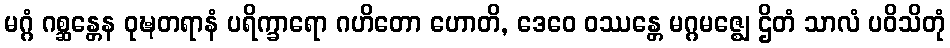
မဂ္ဂံ ဂစ္ဆန္တေန ဝုဍ္ဎတရာနံ ပရိက္ခာရော ဂဟိတော ဟောတိ, ဒေဝေ ဝဿန္တေ မဂ္ဂမဇ္ဈေ ဌိတံ သာလံ ပဝိသိတုံ